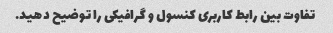
تفاوت بین رابط کاربری کنسول و گرافیکی را توضیح دهید.